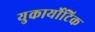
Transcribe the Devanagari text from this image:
युकार्योटिक